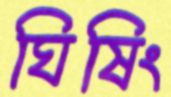
ঘিষিং